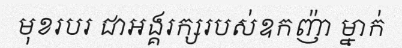
មុខរបរ ជាអង្គរក្សរបស់ឧកញ៉ា ម្នាក់